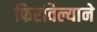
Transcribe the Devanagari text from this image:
फिरविल्याने